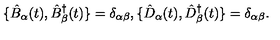
\{ \hat { B } _ { \alpha } ( t ) , \hat { B } _ { \beta } ^ { \dagger } ( t ) \} = \delta _ { \alpha \beta } , \{ \hat { D } _ { \alpha } ( t ) , \hat { D } _ { \beta } ^ { \dagger } ( t ) \} = \delta _ { \alpha \beta } .